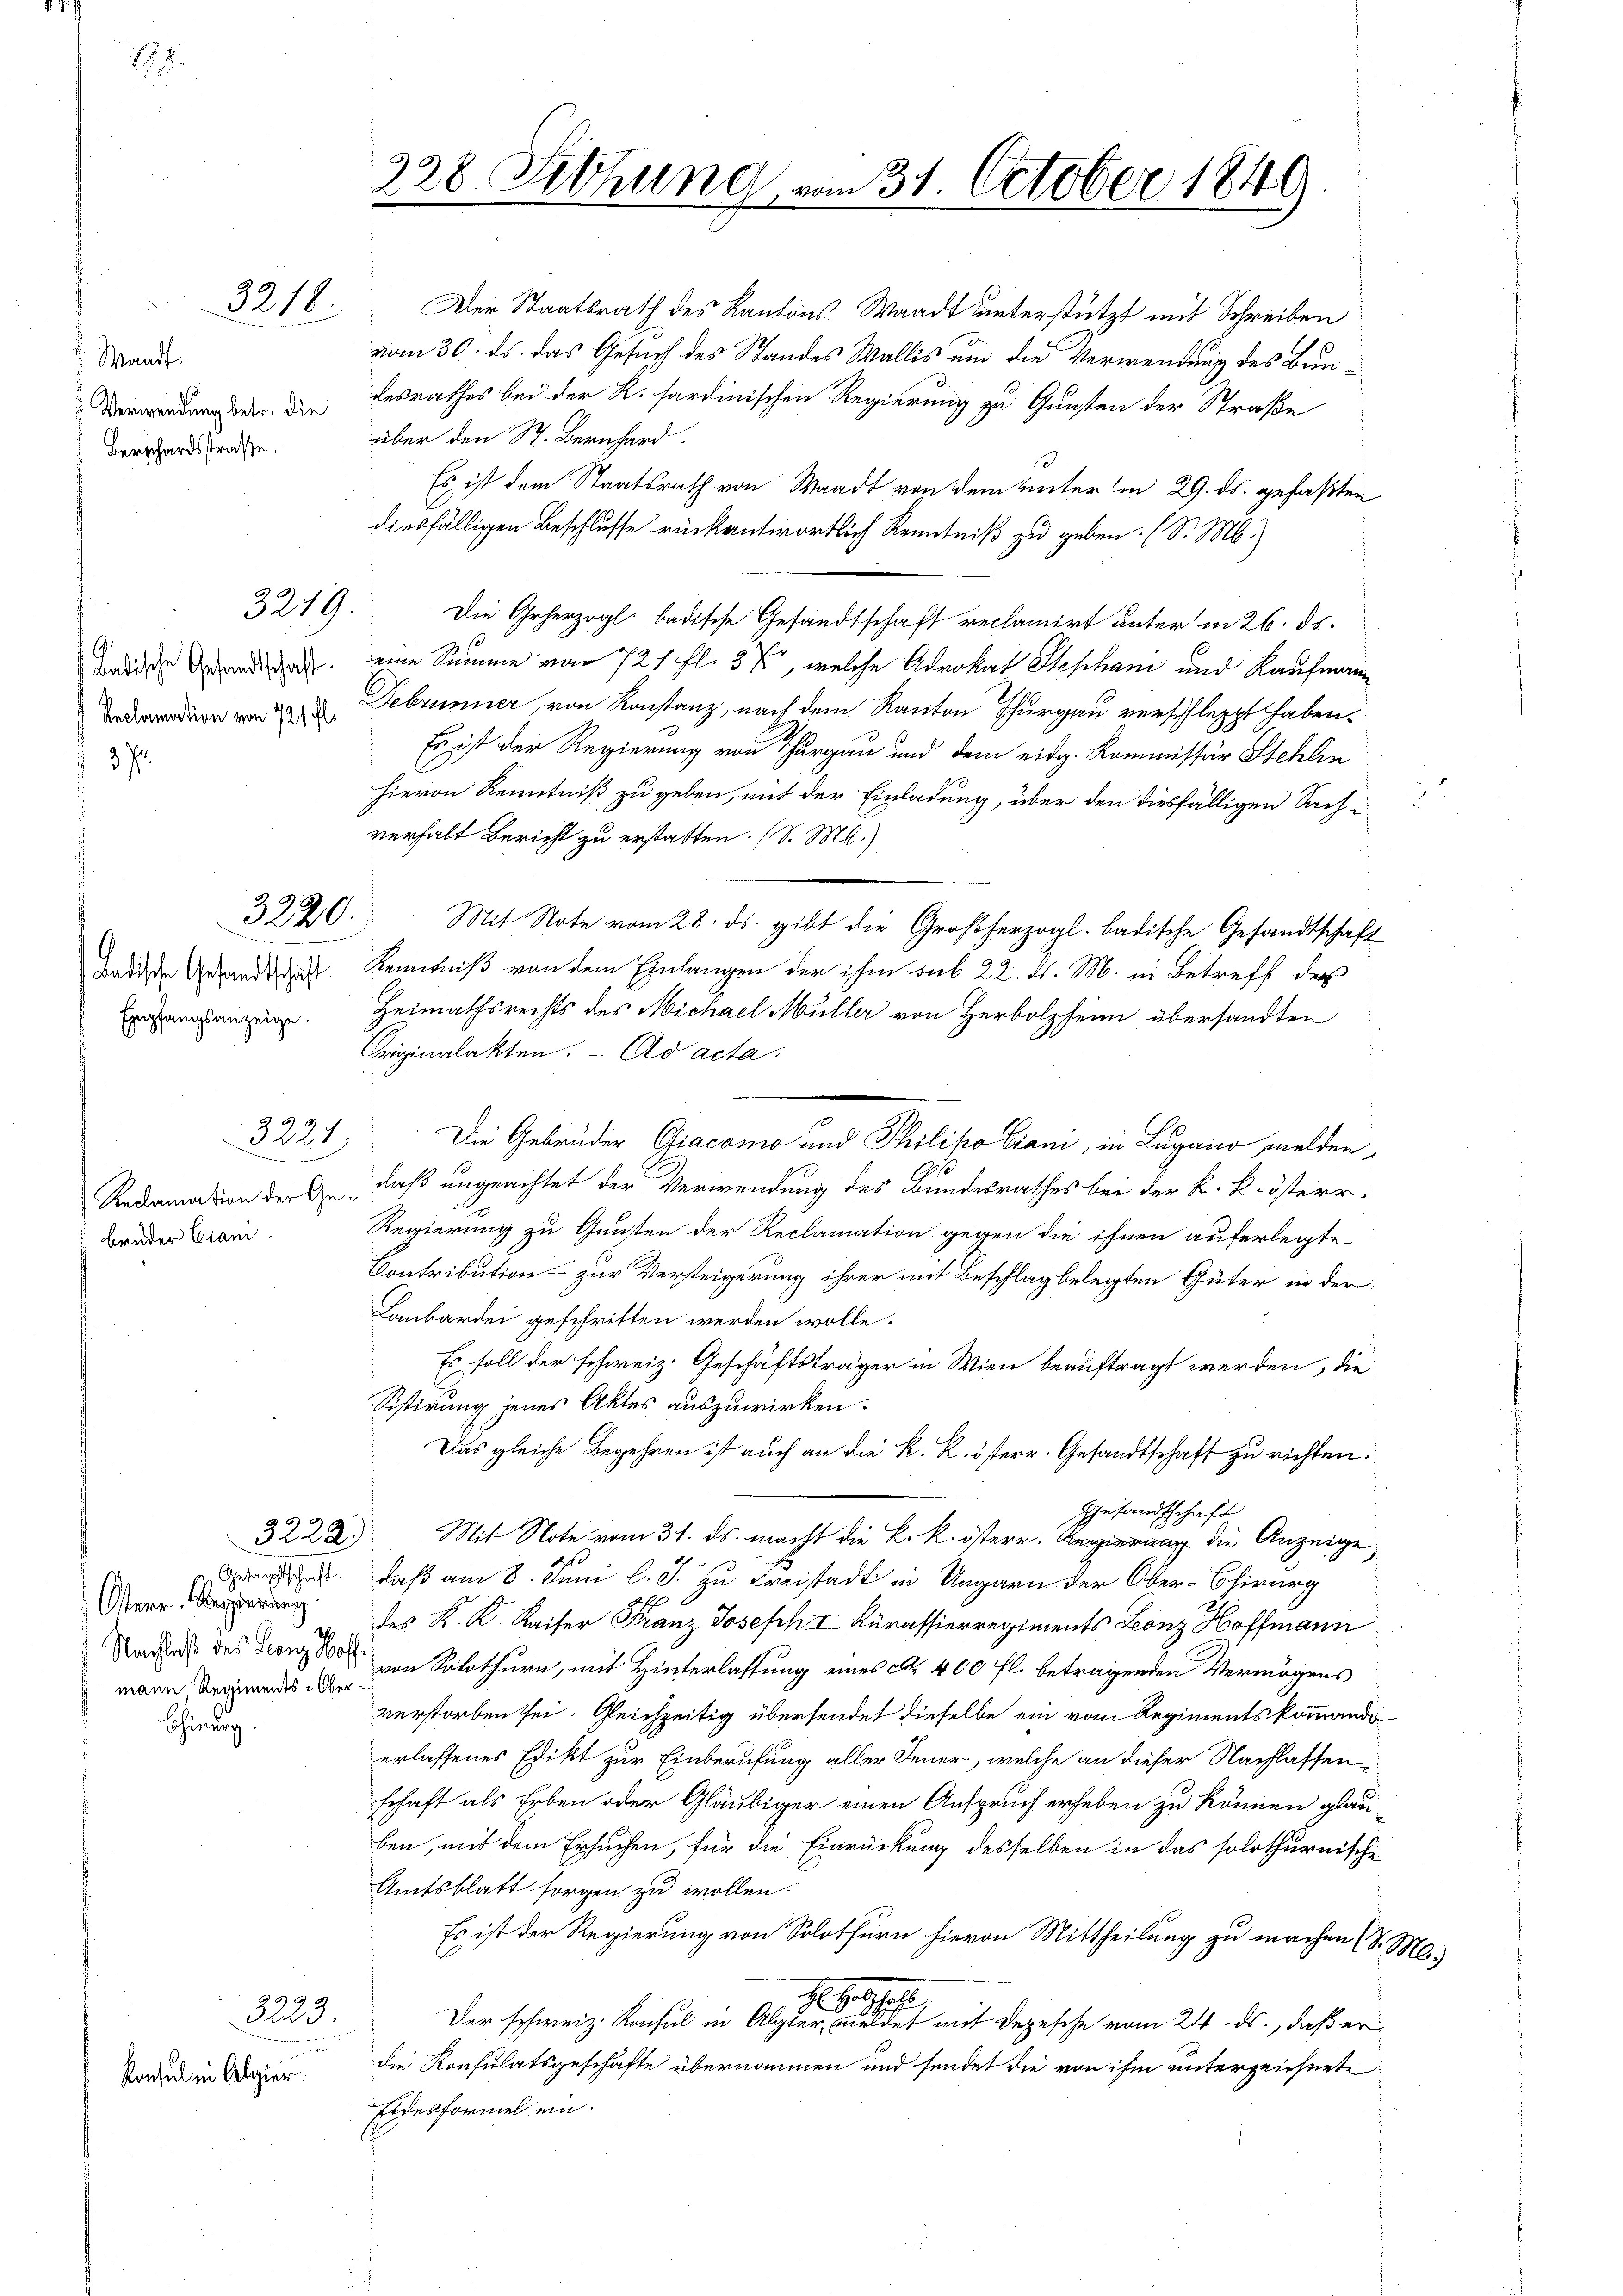
E

Waadt.
Verwendung betr. die
Berschardsstraße.

Chirurg

3218.

3219.

batische Gesandtschaft.
Anclamation von 721 fl.

3220.

Ladische Gesandtschaft.
Empfangsanzeige.

Rndamnation der Gebrüder Ciani

3221

Gesandtschaft.
Osterr. Regierung
Nachlaß des Lanz Hoff
mann, Regiments Ober

3223
e
Konsul in Algier.

228 Sitzung, vom 31. October 1849
.

Der Staatsrath des Kantons Waadt unterstützt mit Schreiben
vom 30. ds. das Gesuch des Standes Wallis um die Verwendung des Bundesrathes bei der R. sardinischen Regierung zu Gunsten der Straße
über den St. Bernhard.
13
Es ist dem Staatsrath von Waadt von dem unter in 29. ds. gefaßten
diesfälligen Beschlusse rückantwortlich Kenntniß zu geben. (S. M.)
Die Geherzogl. badische Gesandtschaft reclamirt unter in 26. ds.
eine Summe von 721 fl. 37, welche Advokat Stephan und Kaufmann
Februnner, von Konstanz, nach dem Kanton Thurgau verschleppt haben.
Es ist der Regierung von Thurgau und dem eidg. Kommissär Stehlin
hievon Kenntniß zu geben, mit der Einladung, über den diesfälligen Sach in
verhalt Bericht zu erstatten. (S. M.)
Mit Note vom 28. ds. gibt die Großherzogl. badische Gesandtschaft
Kenntniß von dem Einlangen der ihm sub 22. d. M. in Betreff der
Heimathsrechts des Michael Müller von Herbolzheim übersandten
Originalakten. - Ad acta:
Die Gebrüder Giacomo und Philipo Crani, in Lugano melden,
daß ungeachtet der Verwendung des Bundesrathes bei der k. k. österr¬
Regierung zu Gunsten der Reclamation gegen die ihnen auferlegte
Contribution - zur Versteigerung ihrer mit Beschlag belegten Güter in der
Lanbardei geschritten werden wolle.
Es soll der schweiz. Geschäftsträger in Wien beauftragt werden, die
Sistirung jenes Aktes auszuwirken.
Das gleiche Begehren ist auch an die k. k. österr. Gesandtschaft zu richten.
Gesandtschaft
3222.) Mit Note vom 31. ds. macht die K. k. österr. Regierung die Anzeige
daß am 8. Juni l. J. zu Freistadt in Ungarn der Ober-Chirurg
des K. K. Kaiser Franz Joseph I Kurassierregiments Leonz Hoffmann
von Solothurn, mit Hinterlassung eines c. 400 fl. betragenden Vermögens
verstorben sei. Gleichzeitig übersendet dieselbe ein vom Regimentskommando
erlassenes Edikt zur Einberufung aller Feuer, welche an dieser Nachlassenschaft als Erben oder Gläubiger einen Anspruch erheben zu können glauben, mit dem Ersuchen, für die Einrückung desselben in das solothurnische
Amtsblatt sorgen zu wollen.
Es ist der Regierung von Solothurn hievon Mittheilung zu machen (S. M.
1290
Der schweiz. Konsul in Aller eine er den mit Depesche vom 24. ds., daß er
die Konsulatsgeschäfte übernommen und sendet die von ihm unterzeichnete
Eidesformel ein.